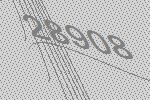
28908